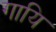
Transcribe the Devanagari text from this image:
गायि